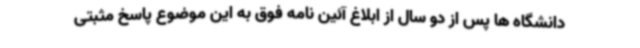
دانشگاه ها پس از دو سال از ابلاغ آئین نامه فوق به این موضوع پاسخ مثبتی